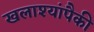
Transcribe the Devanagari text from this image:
खलाश्यांपैकी